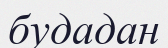
будадан